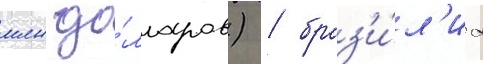
млн до́лларов) / браз'и́л'иа